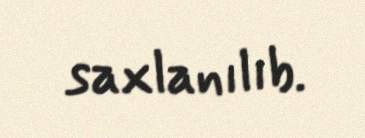
saxlanılıb.